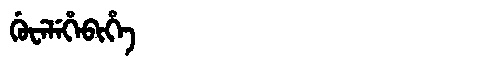
Manchu: ᡤᡠᠸᡝᠯᡝᡥᡝᠪᡳᡥᡝ
Romanization: GUWELEHEBIHE